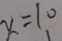
x = 1 0